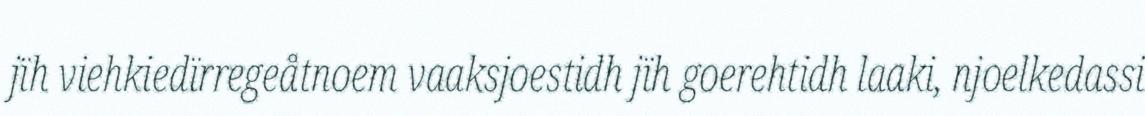
jïh viehkiedïrregeåtnoem vaaksjoestidh jïh goerehtidh laaki, njoelkedassi